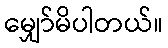
မျှော်မိပါတယ်။